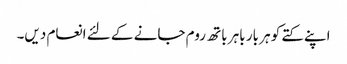
اپنے کتے کو ہر بار باہر باتھ روم جانے کے لئے انعام دیں۔